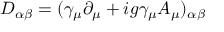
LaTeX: D _ { \alpha \beta } = ( \gamma _ { \mu } \partial _ { \mu } + i g \gamma _ { \mu } A _ { \mu } ) _ { \alpha \beta }